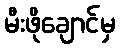
မီးဖိုချောင်မှ